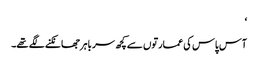
‘
آس پاس کی عمارتوں سے کچھ سر باہر جھانکنے لگے تھے۔